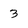
Character: 3